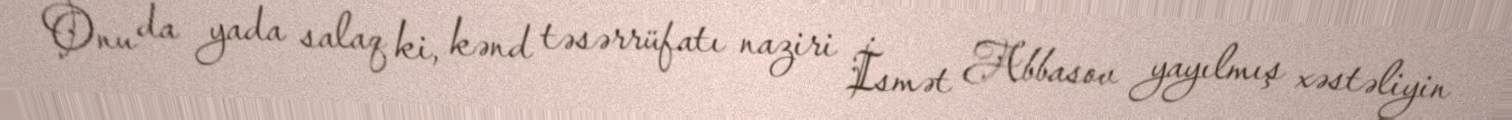
Onu da yada salaq ki, kənd təsərrüfatı naziri İsmət Abbasov yayılmış xəstəliyin